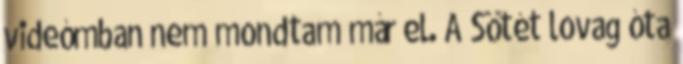
videómban nem mondtam már el. A Sötét lovag óta